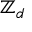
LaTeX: \mathbb { Z } _ { d }